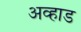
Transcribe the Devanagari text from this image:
अव्हाड